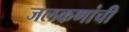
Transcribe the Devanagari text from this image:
जलकणांची